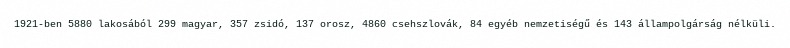
1921-ben 5880 lakosából 299 magyar, 357 zsidó, 137 orosz, 4860 csehszlovák, 84 egyéb nemzetiségű és 143 állampolgárság nélküli.